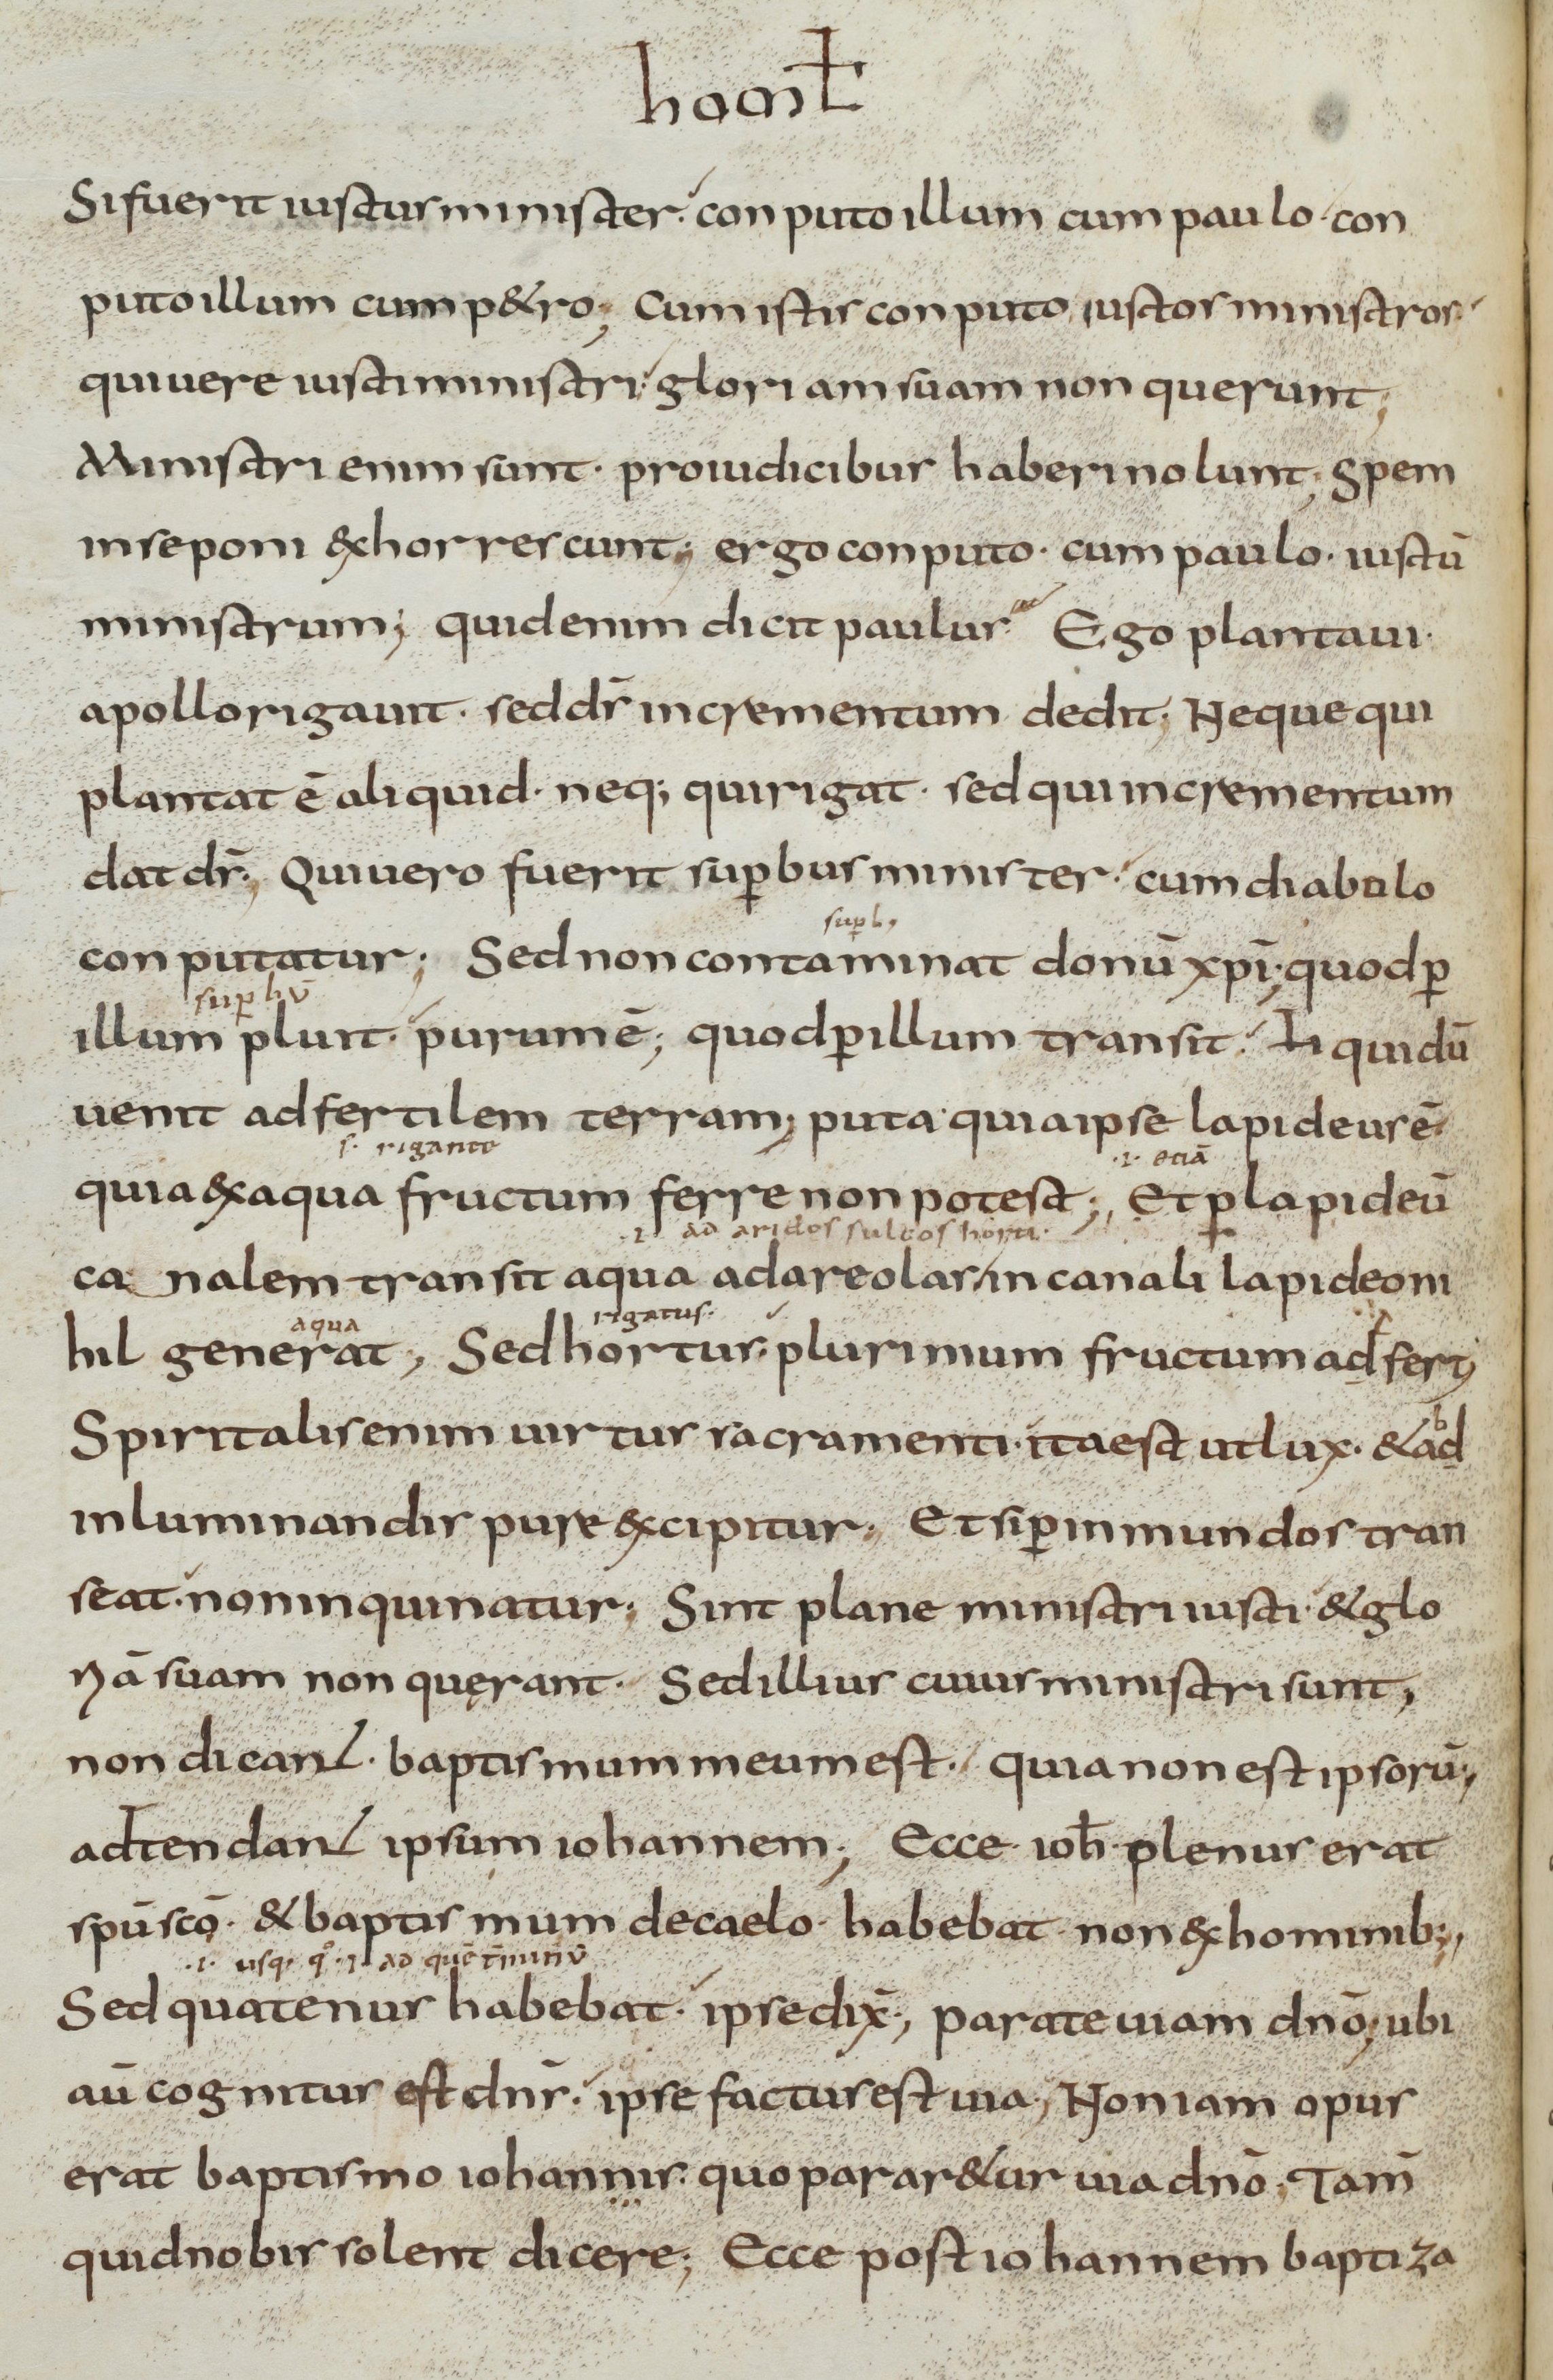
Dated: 800–899